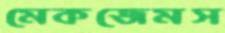
মেকজেমস